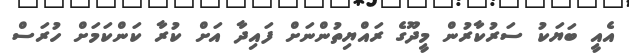
އެއީ ބަޔަކު ސަރުކާރުން މީދޫގެ ރައްޔިތުންނަށް ފައިދާ އަށް ކުރާ ކަންކަމަށް ހުރަސް